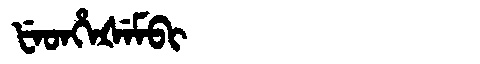
Manchu: ᡶᡝᡨᡥᡝᡧᡝᠮᠪᡳ
Romanization: FETHEŠEMBI